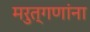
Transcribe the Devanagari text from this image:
मरुत्गणांना